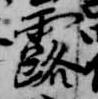
露